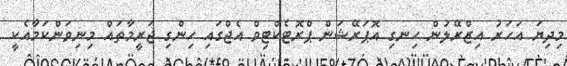
މިދިޔަ އަހަރު އިޒްރޭލުން ހިނގި އޮޕަރޭޝަން ޕްރޮޓެކްޓިވް އެޖްގައި ހިންގި ޖަރީމާތައް މިނިވަންކަމާއެކީ